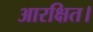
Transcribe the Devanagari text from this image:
आरक्षित।